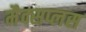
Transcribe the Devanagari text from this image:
मैक्सप्लस